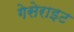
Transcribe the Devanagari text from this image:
गेसेराइट